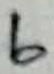
Text: 6